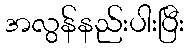
အလွန်နည်းပါးပြီး